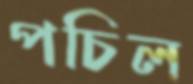
পচিল